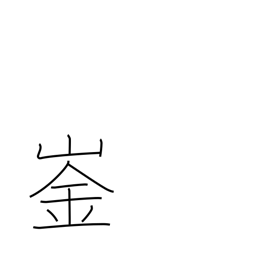
Meaning: peak